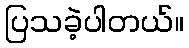
ပြသခဲ့ပါတယ်။